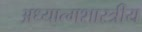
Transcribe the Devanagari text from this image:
अध्यात्मशास्त्रीय